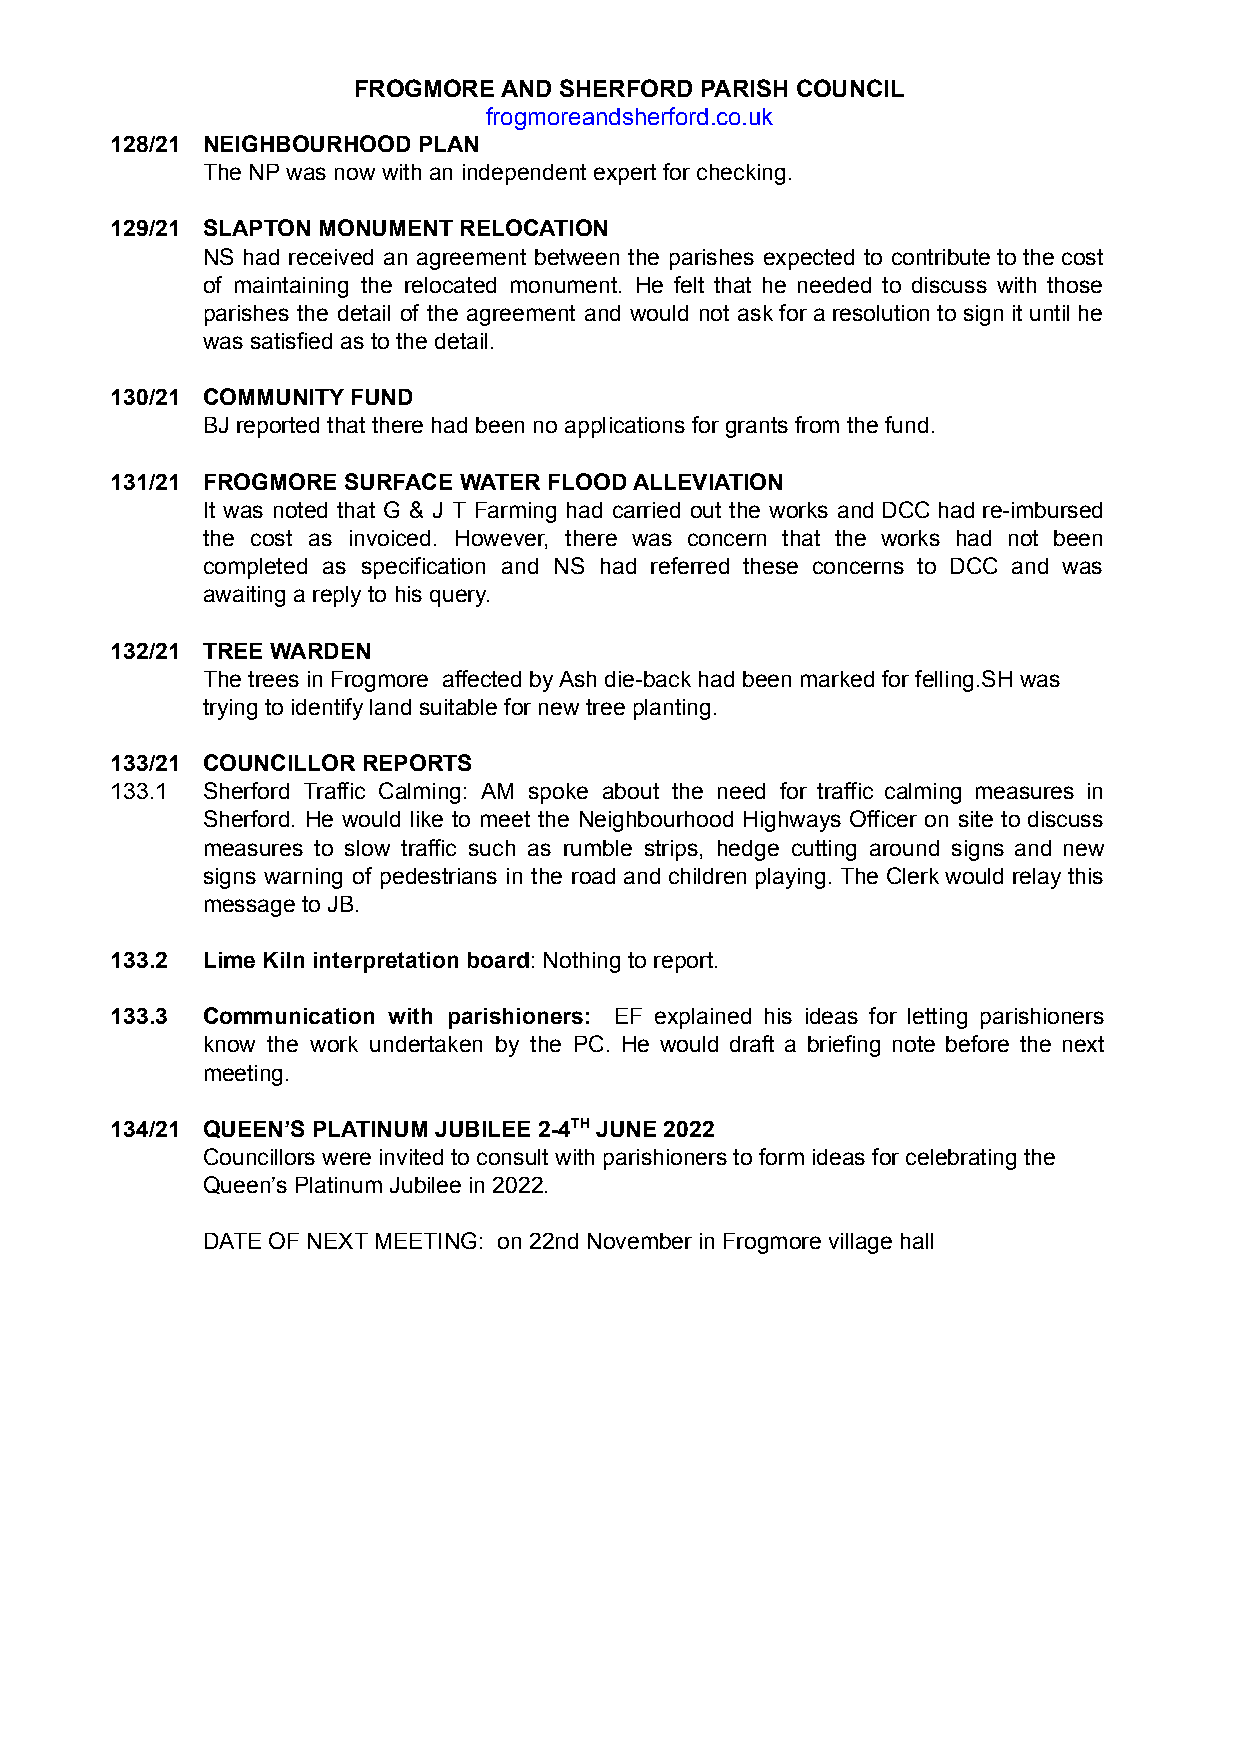
FROGMORE  AND SHERFORD PARISH COUNCIL
 frogmoreandsherford.co.uk
 128/21 NEIGHBOURHOOD PLAN
 The NP was now with an independent expert for checking.
 129/21 SLAPTON MONUMENT RELOCATION
 NS had received an agreement between the parishes expected to contribute to the cost
 of maintaining the relocated monument. He felt that he needed to discuss with those
 parishes the detail of the agreement and would not ask for a resolution to sign it until he
 was satisfied as to the detail.
 130/21 COMMUNITY FUND
 BJ reported that there had been no applications for grants from the fund.
 131/21 FROGMORE SURFACE WATER FLOOD ALLEVIATION
 It was noted that G & J T Farming had carried out the works and DCC had re-imbursed
 the cost as invoiced. However, there was concern that the works had not been
 completed as specification and NS had referred these concerns to DCC and was
 awaiting a reply to his query.
 132/21 TREE WARDEN
 The trees in Frogmore affected by Ash die-back had been marked for felling.SH was
 trying to identify land suitable for new tree planting.
 133/21 COUNCILLOR REPORTS
 133.1 Sherford Traffic Calming: AM spoke about the need for traffic calming measures in
 Sherford. He would like to meet the Neighbourhood Highways Officer on site to discuss
 measures to slow traffic such as rumble strips, hedge cutting around signs and new
 signs warning of pedestrians in the road and children playing. The Clerk would relay this
 message to JB.
 133.2 Lime Kiln interpretation board: Nothing to report.
 133.3 Communication with parishioners: EF explained his ideas for letting parishioners
 know the work undertaken by the PC. He would draft a briefing note before the next
 meeting.
 134/21 QUEEN’S PLATINUM JUBILEE 2-4TH JUNE 2022
 Councillors were invited to consult with parishioners to form ideas for celebrating the
 Queen’s Platinum Jubilee in 2022.
 DATE OF NEXT MEETING: on 22nd November in Frogmore village hall